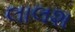
લાલશ